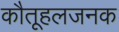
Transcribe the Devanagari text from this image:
कौतूहलजनक